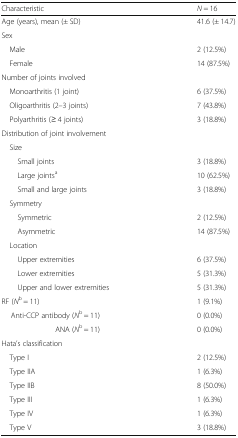
| Characteristic | N = 16 |
 | --- | --- |
 | Age (years), mean (± SD) | 41.6 (± 14.7) |
 | Sex |  |
 | Male | 2 (12.5%) |
 | Female | 14 (87.5%) |
 | <COLSPAN=2> Number of joints involved |
 | Monoarthritis (1 joint) | 6 (37.5%) |
 | Oligoarthritis (2–3 joints) | 7 (43.8%) |
 | Polyarthritis (≥ 4 joints) | 3 (18.8%) |
 | <COLSPAN=2> Distribution of joint involvement |
 | <COLSPAN=2> Size |
 | Small joints | 3 (18.8%) |
 | Large jointsa | 10 (62.5%) |
 | Small and large joints | 3 (18.8%) |
 | <COLSPAN=2> Symmetry |
 | Symmetric | 2 (12.5%) |
 | Asymmetric | 14 (87.5%) |
 | <COLSPAN=2> Location |
 | Upper extremities | 6 (37.5%) |
 | Lower extremities | 5 (31.3%) |
 | Upper and lower extremities | 5 (31.3%) |
 | RF (Nb = 11) | 1 (9.1%) |
 | Anti-CCP antibody (Nb = 11) | 0 (0.0%) |
 | ANA (Nb = 11) | 0 (0.0%) |
 | <COLSPAN=2> Hata’s classification |
 | Type I | 2 (12.5%) |
 | Type IIA | 1 (6.3%) |
 | Type IIB | 8 (50.0%) |
 | Type III | 1 (6.3%) |
 | Type IV | 1 (6.3%) |
 | Type V | 3 (18.8%) |